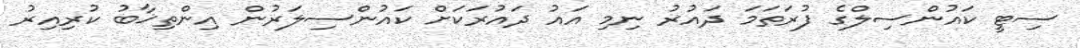
ސިޓީ ކައުންސިލްގެ ފުރަތަމަ ދައުރު ނިމި އައު ދައުރަކަށް ކައުންސިލަރުން އިންތިޚާބު ކުރިއިރު